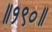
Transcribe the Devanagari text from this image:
॥१९०॥